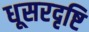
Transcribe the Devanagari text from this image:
धूसरदृष्टि